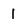
Character: I